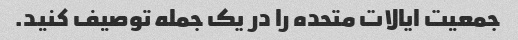
جمعیت ایالات متحده را در یک جمله توصیف کنید.